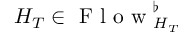
H _ { T } \in \mathrm { ~ F ~ l ~ o ~ w ~ } _ { H _ { T } } ^ { \flat }